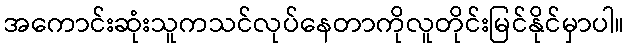
အကောင်းဆုံးသူကသင်လုပ်နေတာကိုလူတိုင်းမြင်နိုင်မှာပါ။